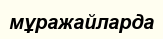
мұражайларда